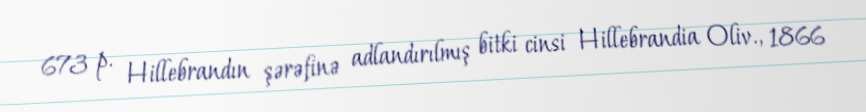
673 p. Hillebrandın şərəfinə adlandırılmış bitki cinsi Hillebrandia Oliv., 1866